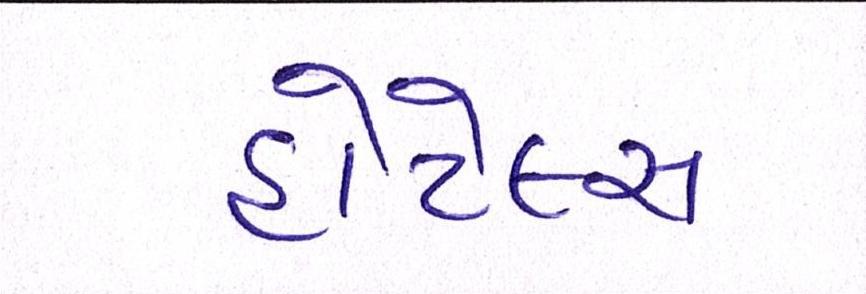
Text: હોટેલ્સ